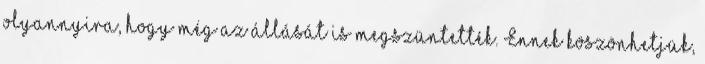
olyannyira, hogy még az állását is megszüntették. Ennek köszönhetjük,